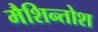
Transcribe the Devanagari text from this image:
मैशिन्तोश